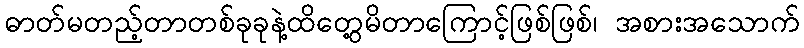
ဓာတ်မတည့်တာတစ်ခုခုနဲ့ထိတွေ့မိတာကြောင့်ဖြစ်ဖြစ်၊ အစားအသောက်